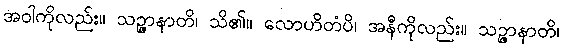
အဝါကိုလည်း။ သဉ္ဇာနာတိ၊ သိ၏။ လောဟိတံပိ၊ အနီကိုလည်း။ သဉ္ဇာနာတိ၊